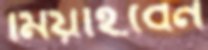
মিয়াইবেন